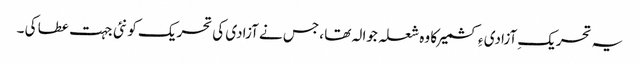
یہ تحریکِ آزادی ءِ کشمیر کا وہ شعلہ جوالہ تھا ، جس نے آزادی کی تحریک کو نئی جہت عطا کی ۔